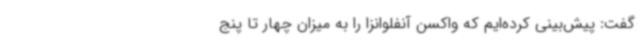
گفت: پیش‌بینی کرده‌ایم که واکسن آنفلوانزا را به میزان چهار تا پنج